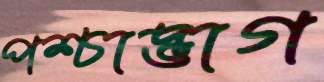
পশ্চাদ্ভাগ